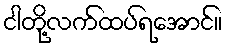
ငါတို့လက်ထပ်ရအောင်။